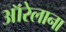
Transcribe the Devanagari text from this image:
ऑरेलाना